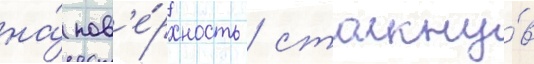
на́ пов'е́рхность / столкну́в